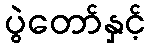
ပွဲတော်နှင့်